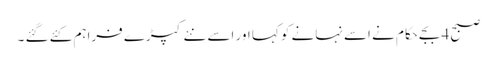
صبح 4 بجے حکام نے اسے نہانے کو کہا اور اسے نئے کپڑے فراہم کئے گئے ۔